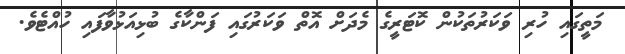
މަތީގައި ހުރި ވަކަރުތަކުން ކޮޓަރީގެ މެދަށް އޮތް ވަކަރުގައި ފަންކާގެ ބުޅިއަޅުވާފައި ހުއްޓެވެ.